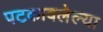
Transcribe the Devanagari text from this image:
पटकावलेल्या